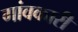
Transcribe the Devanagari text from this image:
गांवकारी